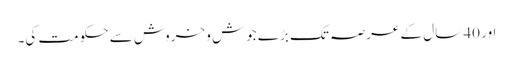
اور 40 سال کے عرصہ تک بڑے جوش و خروش سے حکومت کی۔